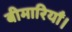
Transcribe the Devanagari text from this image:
बीमारियाँ।